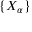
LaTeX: \{ X _ { \alpha } \}